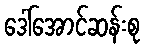
ဒေါ်အောင်ဆန်းစု